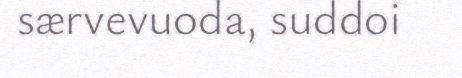
særvevuoda, suddoi